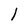
Character: l